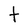
Character: t